Code of medical and sanitary regulations for the guidance of medical officers serving in the Madras Presidency - Volume I
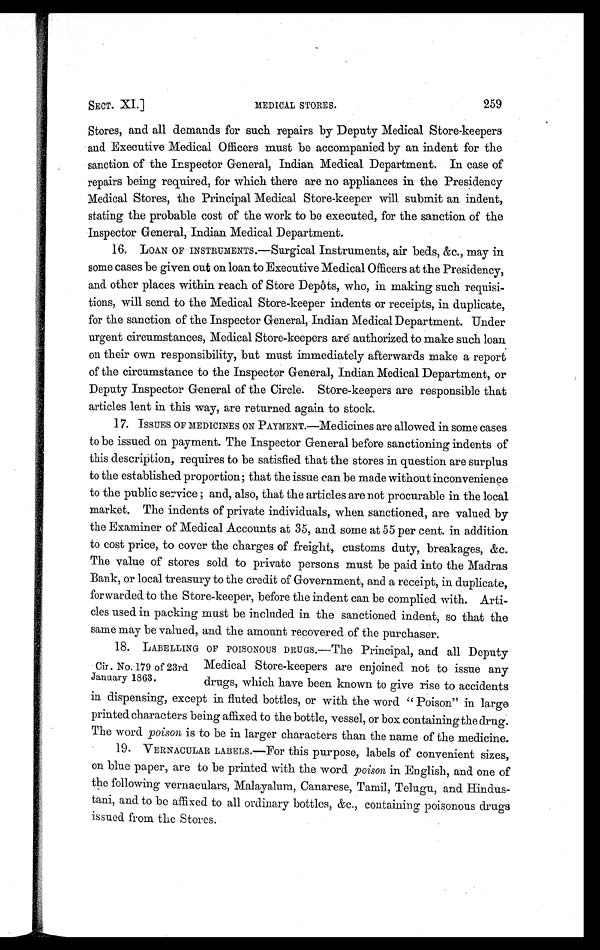
SECT. XI.] MEDICAL STORES. 259
Stores, and all demands for such repairs by Deputy Medical Store-keepers
and Executive Medical Officers must be accompanied by an indent for the
sanction of the Inspector General, Indian Medical Department. In case of
repairs being required, for which there are no appliances in the Presidency
Medical Stores, the Principal Medical Store-keeper will submit an indent,
stating the probable cost of the work to be executed, for the sanction of the
Inspector General, Indian Medical Department.
16. LOAN OF INSTRUMENTS.—Surgical Instruments, air beds, &c., may in
some cases be given out on loan to Executive Medical Officers at the Presidency,
and other places within reach of Store Depôts, who, in making such requisi-
tions, will send to the Medical Store-keeper indents or receipts, in duplicate,
for the sanction of the Inspector General, Indian Medical Department. Under
urgent circumstances, Medical Store-keepers are authorized to make such loan
on their own responsibility, but must immediately afterwards make a report
of the circumstance to the Inspector General, Indian Medical Department, or
Deputy Inspector General of the Circle. Store-keepers are responsible that
articles lent in this way, are returned again to stock.
17. ISSUES OF MEDICINES ON PAYMENT.—Medicines are allowed in some cases
to be issued on payment. The Inspector General before sanctioning indents of
this description, requires to be satisfied that the stores in question are surplus
to the established proportion; that the issue can be made without inconvenience
to the public service ; and, also, that the articles are not procurable in the local
market. The indents of private individuals, when sanctioned, are valued by
the Examiner of Medical Accounts at 35, and some at 55 per cent. in addition
to cost price, to cover the charges of freight, customs duty, breakages, &c.
The value of stores sold to private persons must be paid into the Madras
Bank, or local treasury to the credit of Government, and a receipt, in duplicate,
forwarded to the Store-keeper, before the indent can be complied with. Arti-
cles used in packing must be included in the sanctioned indent, so that the
same may be valued, and the amount recovered of the purchaser.
18. LABELLING OF POISONOUS DRUGS.—The Principal, and all Deputy
Medical Store-keepers are enjoined not to issue any
drugs, which have been known to give rise to accidents
in dispensing, except in fluted bottles, or with the word " Poison" in large
printed characters being affixed to the bottle, vessel, or box containing the drug.
The word poison is to be in larger characters than the name of the medicine.
19. VERNACULAR LABELS.—For this purpose, labels of convenient sizes,
on blue paper, are to be printed with the word poison in English, and one of
the following vernaculars, Malayalum, Canarese, Tamil, Telugu, and Hindus-
tani, and to be affixed to all ordinary bottles, &c., containing poisonous drugs
issued from the Stores.
Cir. No. 179 of 23rd
January 1863.